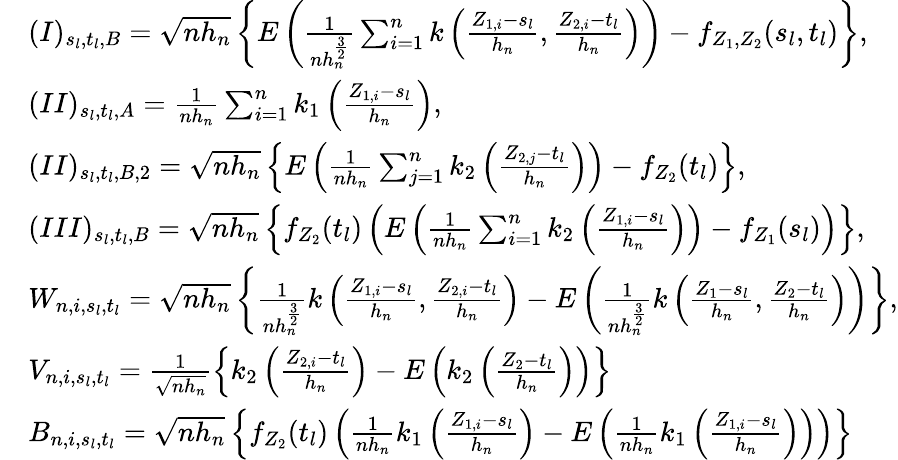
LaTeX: \begin{array}{rl}&{(I)_{s_{l},t_{l},B}=\sqrt{nh_{n}}\left\{ E\left(\frac{1}{nh_{n}^{\frac{3}{2}}}\sum_{i=1}^{n}k\left(\frac{Z_{1,i}-s_{l}}{h_{n}},\frac{Z_{2,i}-t_{l}}{h_{n}}\right)\right)-f_{Z_{1},Z_{2}}(s_{l},t_{l})\right\} ,}\\ &{(II)_{s_{l},t_{l},A}=\frac{1}{nh_{n}}\sum_{i=1}^{n}k_{1}\left(\frac{Z_{1,i}-s_{l}}{h_{n}}\right),}\\ &{(II)_{s_{l},t_{l},B,2}=\sqrt{nh_{n}}\left\{ E\left(\frac{1}{nh_{n}}\sum_{j=1}^{n}k_{2}\left(\frac{Z_{2,j}-t_{l}}{h_{n}}\right)\right)-f_{Z_{2}}(t_{l})\right\} ,}\\ &{(III)_{s_{l},t_{l},B}=\sqrt{nh_{n}}\left\{ f_{Z_{2}}(t_{l})\left(E\left(\frac{1}{nh_{n}}\sum_{i=1}^{n}k_{2}\left(\frac{Z_{1,i}-s_{l}}{h_{n}}\right)\right)-f_{Z_{1}}(s_{l})\right)\right\} ,}\\ &{W_{n,i,s_{l},t_{l}}=\sqrt{nh_{n}}\left\{ \frac{1}{nh_{n}^{\frac{3}{2}}}k\left(\frac{Z_{1,i}-s_{l}}{h_{n}},\frac{Z_{2,i}-t_{l}}{h_{n}}\right)-E\left(\frac{1}{nh_{n}^{\frac{3}{2}}}k\left(\frac{Z_{1}-s_{l}}{h_{n}},\frac{Z_{2}-t_{l}}{h_{n}}\right)\right)\right\} ,}\\ &{V_{n,i,s_{l},t_{l}}=\frac{1}{\sqrt{nh_{n}}}\left\{ k_{2}\left(\frac{Z_{2,i}-t_{l}}{h_{n}}\right)-E\left(k_{2}\left(\frac{Z_{2}-t_{l}}{h_{n}}\right)\right)\right\} }\\ &{B_{n,i,s_{l},t_{l}}=\sqrt{nh_{n}}\left\{ f_{Z_{2}}(t_{l})\left(\frac{1}{nh_{n}}k_{1}\left(\frac{Z_{1,i}-s_{l}}{h_{n}}\right)-E\left(\frac{1}{nh_{n}}k_{1}\left(\frac{Z_{1,i}-s_{l}}{h_{n}}\right)\right)\right)\right\} }\end{array}